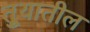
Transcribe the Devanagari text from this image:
तुर्‍यातील